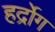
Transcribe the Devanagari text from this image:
हर्द्रोग